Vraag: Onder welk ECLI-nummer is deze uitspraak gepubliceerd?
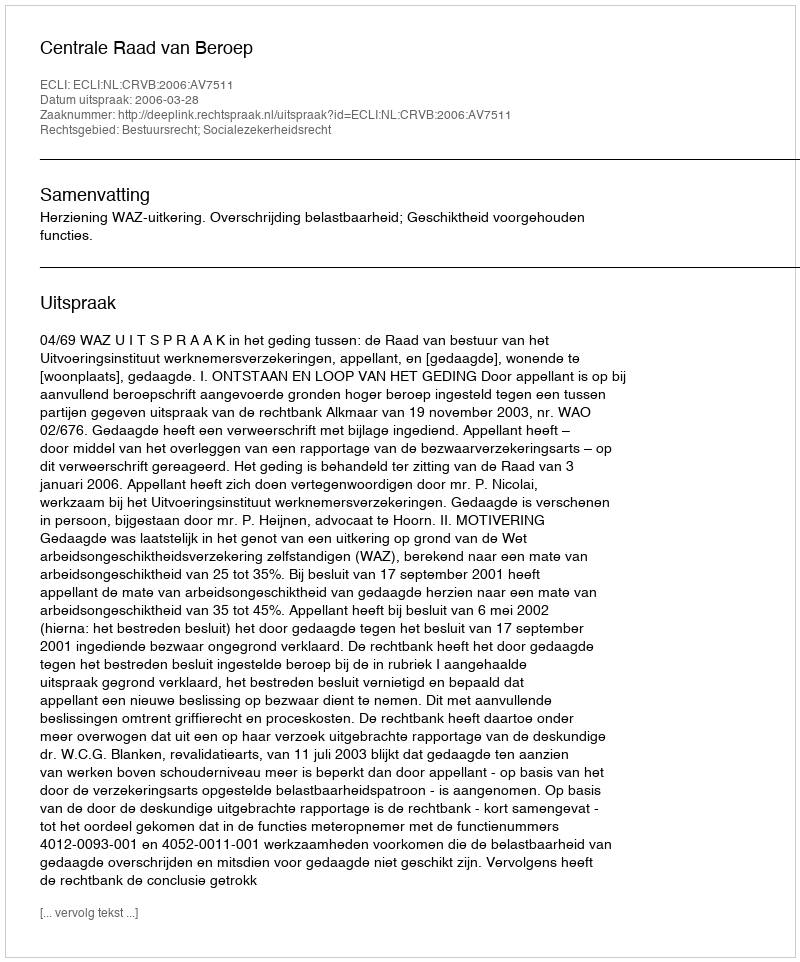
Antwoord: ECLI:NL:CRVB:2006:AV7511